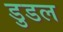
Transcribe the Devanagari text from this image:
डुडल